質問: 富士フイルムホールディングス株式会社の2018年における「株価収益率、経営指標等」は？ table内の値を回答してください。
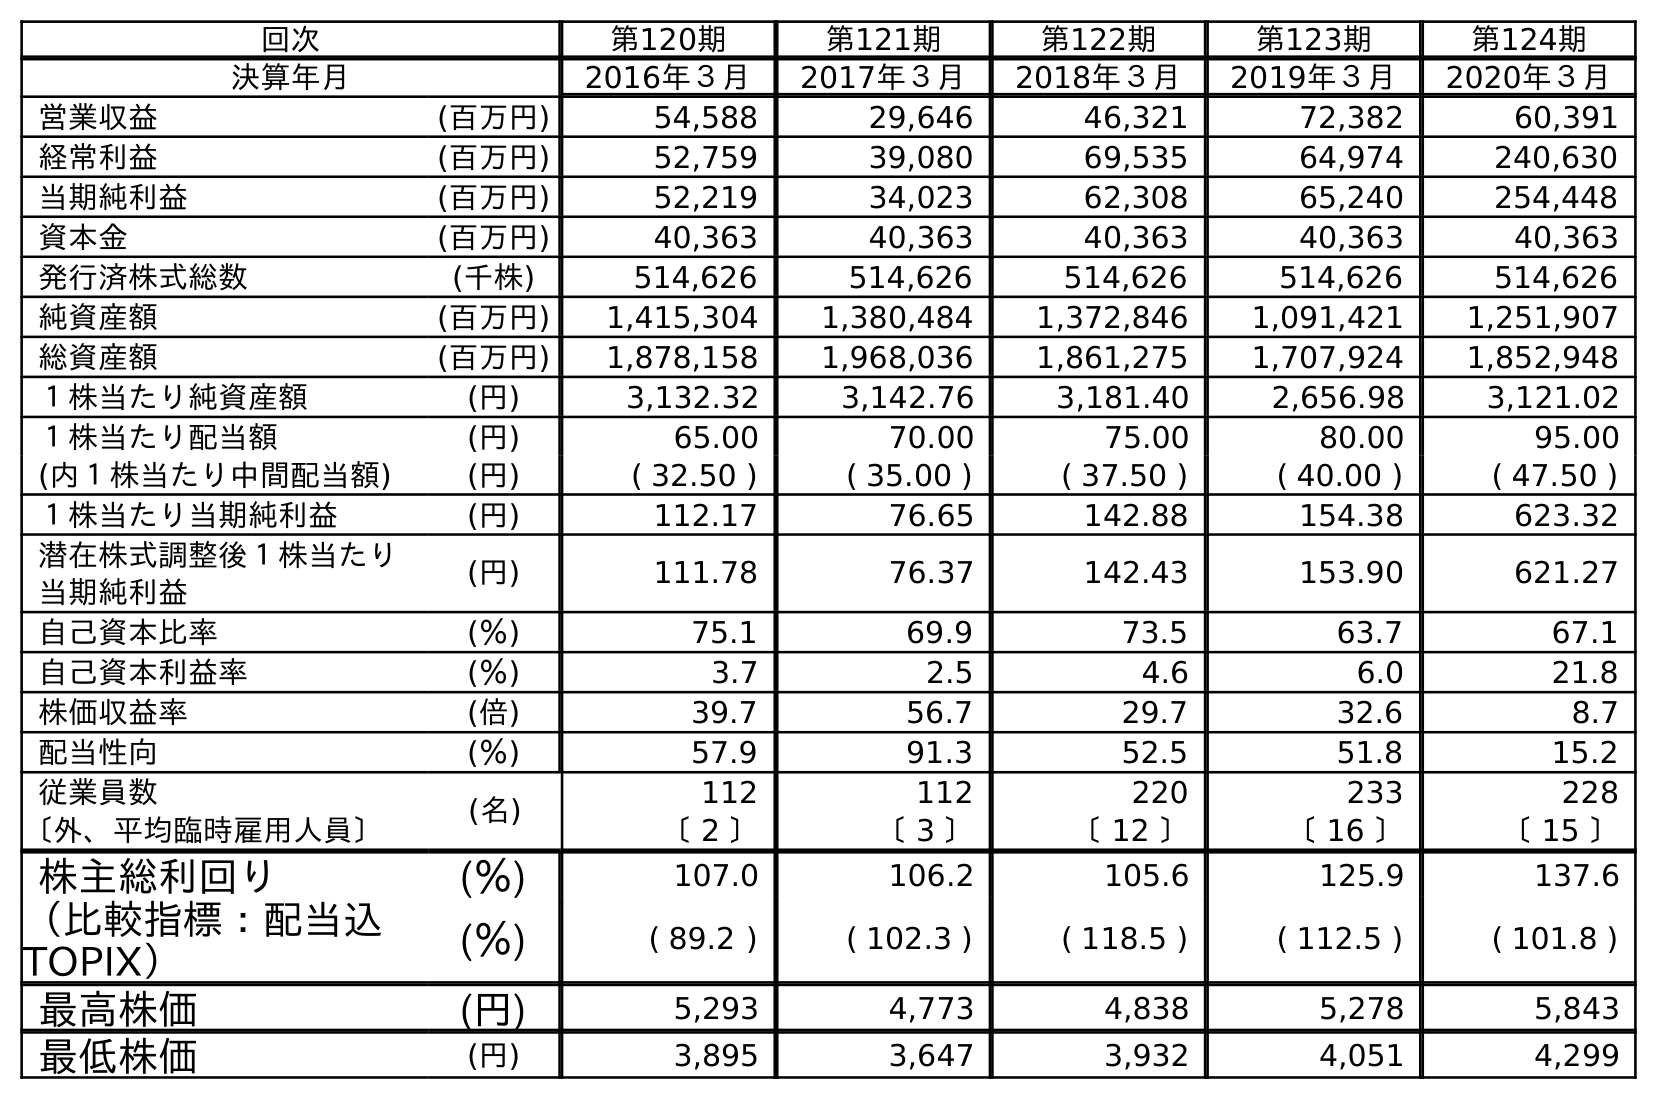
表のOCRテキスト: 回次 第120期 第121期 第122期 第123期 第124期 決算年月 2016年３月 2017年３月 2018年３月 2019年３月 2020年３月 営業収益 (百万円) 54,588 29,646 46,321 72,382 60,391 経常利益 (百万円) 52,759 39,080 69,535 64,974 240,630 当期純利益 (百万円) 52,219 34,023 62,308 65,240 254,448 資本金 (百万円) 40,363 40,363 40,363 40,363 40,363 発行済株式総数 (千株) 514,626 514,626 514,626 514,626 514,626 純資産額 (百万円) 1,415,304 1,380,484 1,372,846 1,091,421 1,251,907 総資産額 (百万円) 1,878,158 1,968,036 1,861,275 1,707,924 1,852,948 １株当たり純資産額 (円) 3,132.32 3,142.76 3,181.40 2,656.98 3,121.02 １株当たり配当額 (円) 65.00 70.00 75.00 80.00 95.00 (内１株当たり中間配当額) (円) ( 32.50 ) ( 35.00 ) ( 37.50 ) ( 40.00 ) ( 47.50 ) １株当たり当期純利益 (円) 112.17 76.65 142.88 154.38 623.32 潜在株式調整後１株当たり 当期純利益 (円) 111.78 76.37 142.43 153.90 621.27 自己資本比率 (％) 75.1 69.9 73.5 63.7 67.1 自己資本利益率 (％) 3.7 2.5 4.6 6.0 21.8 株価収益率 (倍) 39.7 56.7 29.7 32.6 8.7 配当性向 (％) 57.9 91.3 52.5 51.8 15.2 従業員数 (名) 112 112 220 233 228 〔外、平均臨時雇用人員〕 〔 2 〕 〔 3 〕 〔 12 〕 〔 16 〕 〔 15 〕 株主総利回り (％) 107.0 106.2 105.6 125.9 137.6 （比較指標：配当込 TOPIX） (％) ( 89.2 ) ( 102.3 ) ( 118.5 ) ( 112.5 ) ( 101.8 ) 最高株価 (円) 5,293 4,773 4,838 5,278 5,843 最低株価 (円) 3,895 3,647 3,932 4,051 4,299
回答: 29.7